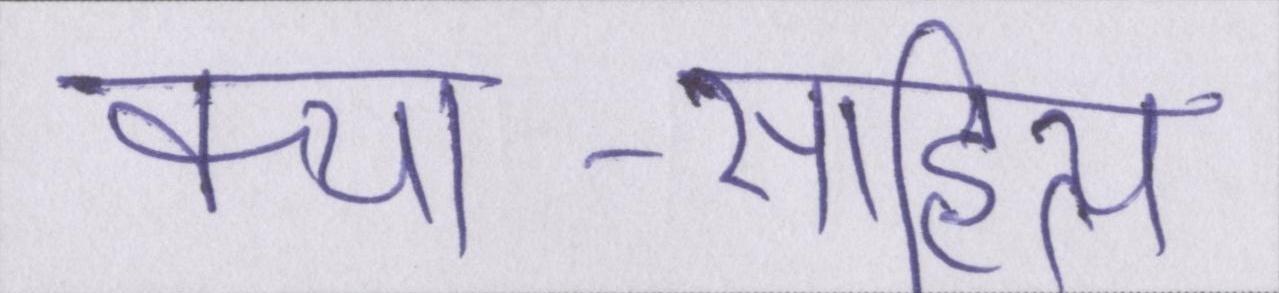
कथा-साहित्य